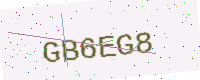
Text: GB6EG8